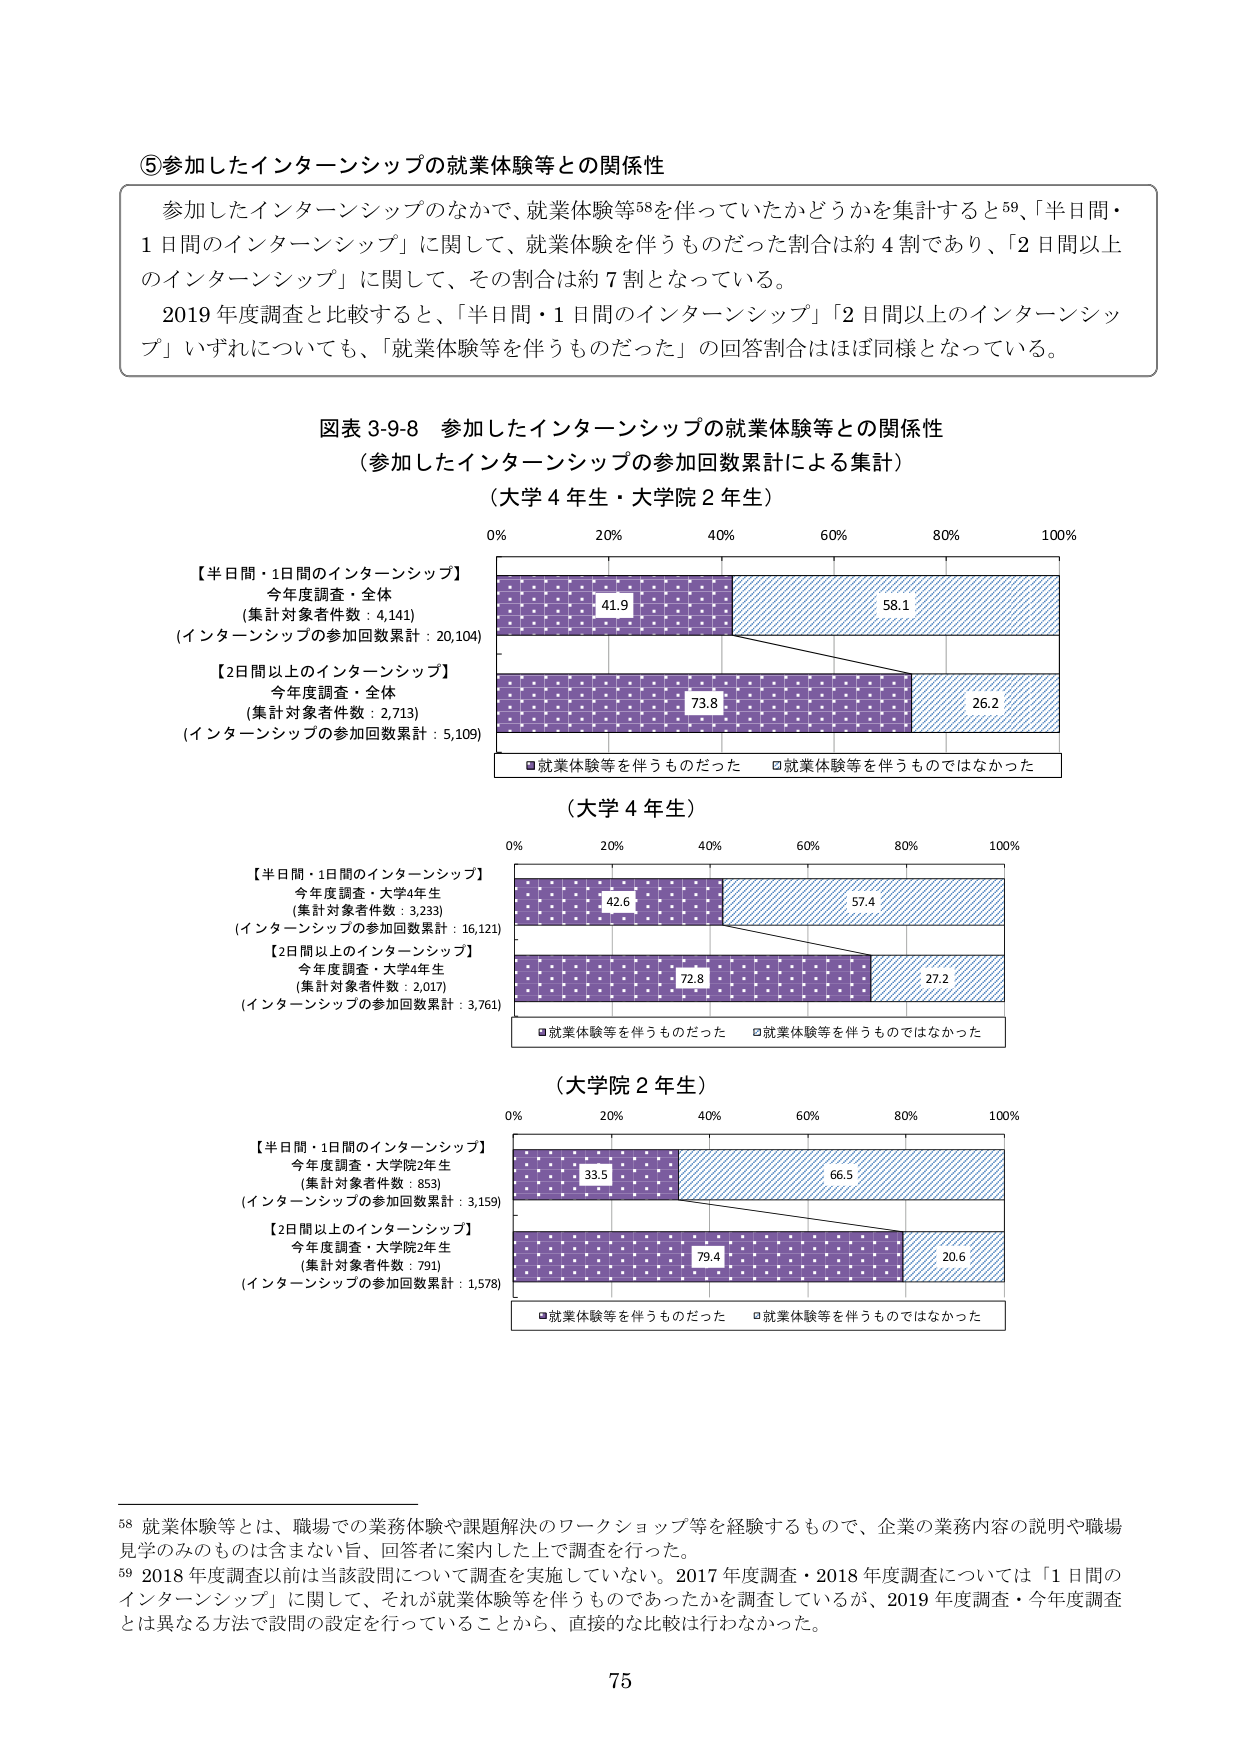
⑤参加したインターンシップの就業体験等との関係性

参加したインターンシップのなかで、就業体験等58を伴っていたかどうかを集計すると59、「半日間・1日間のインターンシップ」に関して、就業体験を伴うものだった割合は約4割であり、「2日間以上のインターンシップ」に関して、その割合は約7割となっている。

2019年度調査と比較すると、「半日間・1日間のインターンシップ」「2日間以上のインターンシップ」いずれについても、「就業体験等を伴うものだった」の回答割合はほぼ同様となっている。

図表3-9-8 参加したインターンシップの就業体験等との関係性
（参加したインターンシップの参加回数累計による集計）
（大学4年生・大学院2年生）

【半日間・1日間のインターンシップ】
今年度調査・全体
（集計対象者件数：4,141）
（インターンシップの参加回数累計：20,104）

【2日間以上のインターンシップ】
今年度調査・全体
（集計対象者件数：2,713）
（インターンシップの参加回数累計：5,109）

■就業体験等を伴うものだった □就業体験等を伴うものではなかった

（大学4年生）

【半日間・1日間のインターンシップ】
今年度調査・大学4年生
（集計対象者件数：3,233）
（インターンシップの参加回数累計：16,121）

【2日間以上のインターンシップ】
今年度調査・大学4年生
（集計対象者件数：2,017）
（インターンシップの参加回数累計：3,761）

■就業体験等を伴うものだった □就業体験等を伴うものではなかった

（大学院2年生）

【半日間・1日間のインターンシップ】
今年度調査・大学院2年生
（集計対象者件数：853）
（インターンシップの参加回数累計：3,159）

【2日間以上のインターンシップ】
今年度調査・大学院2年生
（集計対象者件数：791）
（インターンシップの参加回数累計：1,578）

■就業体験等を伴うものだった □就業体験等を伴うものではなかった

58 就業体験等とは、職場での業務体験や課題解決のワークショップ等を経験するもので、企業の業務内容の説明や職場見学のみのものは含まない旨、回答者に案内した上で調査を行った。

59 2018年度調査以前は当該設問について調査を実施していない。2017年度調査・2018年度調査については「1日間のインターンシップ」に関して、それが就業体験等を伴うものであったかを調査しているが、2019年度調査・今年度調査とは異なる方法で設問の設定を行っていることから、直接的な比較は行わなかった。

75